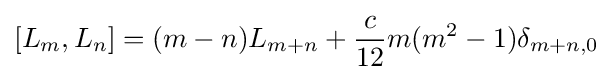
[L_{m},L_{n}]=(m-n)L_{m+n}+{\frac {c}{12}}m(m^{2}-1)\delta _{m+n,0}